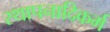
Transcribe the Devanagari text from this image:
स्थापनादिकर्म